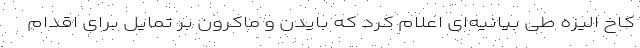
کاخ الیزه طی بیانیه‌ای اعلام کرد که بایدن و ماکرون بر تمایل برای اقدام